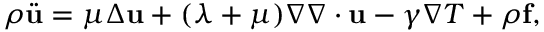
\begin{array} { r } { \rho \ddot { \mathbf u } = \mu \Delta \mathbf u + ( \lambda + \mu ) \nabla \nabla \cdot \mathbf u - \gamma \nabla T + \rho \mathbf f , } \end{array}